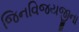
જિનવિજયજીના